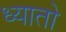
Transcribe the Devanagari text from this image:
ध्यातो